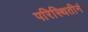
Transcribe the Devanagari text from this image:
परिस्थितीनं